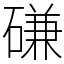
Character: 磏